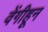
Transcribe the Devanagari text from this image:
वेंगीहून